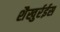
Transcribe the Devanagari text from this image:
शैखुर्रईस